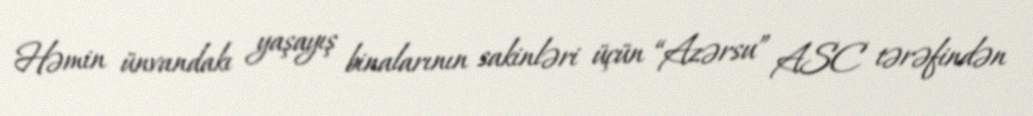
Həmin ünvandakı yaşayış binalarının sakinləri üçün “Azərsu” ASC tərəfindən